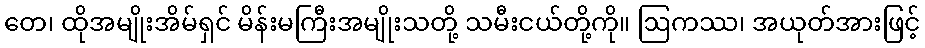
တေ၊ ထိုအမျိုးအိမ်ရှင် မိန်းမကြီးအမျိုးသတို့ သမီးငယ်တို့ကို။ ဩကဿ၊ အယုတ်အားဖြင့်